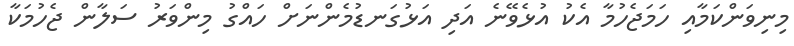
މިނިވަންކަމާއި ހަމަޖެހުމާ އެކު އުޅެވޭނެ އަދި އަޅުގަނޑުމެންނަށް ހައްގު މިންވަރު ސަލާން ޖެހުމަކާ